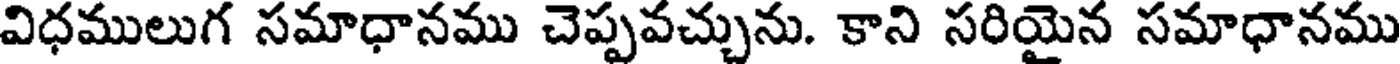
విధములుగ సమాధానము చెప్పవచ్చును. కాని సరియైన సమాధానము